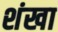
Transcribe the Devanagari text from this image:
शंखा